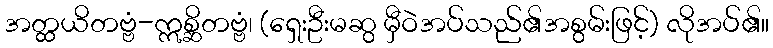
အတ္ထယိတဗ္ဗံ-ဣစ္ဆိတဗ္ဗံ၊ (ရှေးဦးမဆွ မှီဝဲအပ်သည်၏အစွမ်းဖြင့်) လိုအပ်၏။